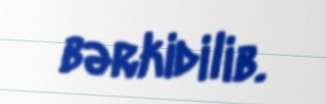
bərkidilib.